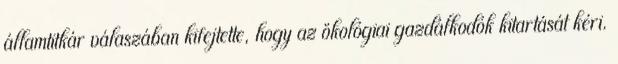
államtitkár válaszában kifejtette, hogy az ökológiai gazdálkodók kitartását kéri.